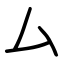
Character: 厶